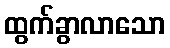
ထွက်ခွာလာသော